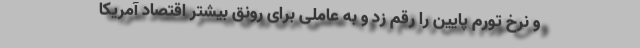
و نرخ تورم پایین را رقم زد و به عاملی برای رونق بیشتر اقتصاد آمریکا